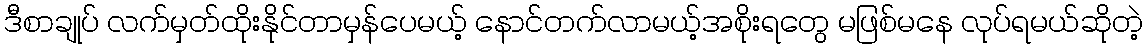
ဒီစာချုပ် လက်မှတ်ထိုးနိုင်တာမှန်ပေမယ့် နောင်တက်လာမယ့်အစိုးရတွေ မဖြစ်မနေ လုပ်ရမယ်ဆိုတဲ့